system: You are a helpful assistant.
user:
Analyze the provided spectrum to determine if it is a **S-type Star**.

- **Key Indicators for S-type Star:**

    - **(Overall Spectrum Shape):** The first and most obvious characteristic is the overall continuum (the "baseline" shape). It is **extremely "red-sloping,"** meaning the flux (light intensity) is very low on the left side (blue, ~4000-4500 Å) and rises steeply and continuously toward the right side (red, ~7000 Å+).

    - **(Primary):** The spectrum is defined by the presence of strong, broad molecular absorption "valleys" (bands) from **Zirconium Oxide (ZrO)**. The identification of these bands is the **primary requirement** for classifying a star as S-type.
        - **(Key Bandheads):** You must find distinct, deep "dips" where the light has been absorbed. The most critical band systems to locate are:
            - **~6474 Å** ($\gamma$-system): This is often the strongest and clearest ZrO feature, found in the red part of the spectrum.
            - **~5718 Å** & **~5551 Å** ($\beta$-system): A pair of prominent absorption features in the yellow-orange part of the spectrum.
            - **~4640 Å** ($\alpha$-system): A key absorption band system in the blue-green region of the spectrum.

    - **(Secondary Confirmation):** The classification is strengthened by finding additional absorption bands from other related heavy element oxides, which are expected to be present alongside ZrO.
        - **(Key Bandheads):**
            - **Yttrium Oxide (YO):** Look for absorption dips near **~4800 Å** and **~6100 Å**.
            - **Lanthanum Oxide (LaO):** Additional absorption features, particularly in the red-orange part of the spectrum, are also characteristic.

    - **(Line Profile):** The combination of the steep red continuum and these numerous, deep molecular bands (ZrO, YO, etc.) gives the entire spectrum a very **"chopped-up"** or **"bumpy"** appearance. Instead of a smooth curve, the spectrum looks as though large, wide chunks of light have been "carved out" of it at the specific wavelengths listed above.

Think first, call **spectral_visualization_tool** if needed to examine features in detail, then provide your final answer. Your response must adhere to the following strict rules:
1.  **Overall Structure:** Your response must follow the format `<think>...</think> <tool_call>...</tool_call> (if a tool is used) <answer>...</answer>`.
2.  **Tool Usage Constraint:** You may only make **one** tool call per turn.
3.  **Final Answer Format:** In the `<answer>` tag, your conclusion must be inside a `\boxed{}` command (e.g., `\boxed{YES}` or `\boxed{NO}`), followed by your justification.

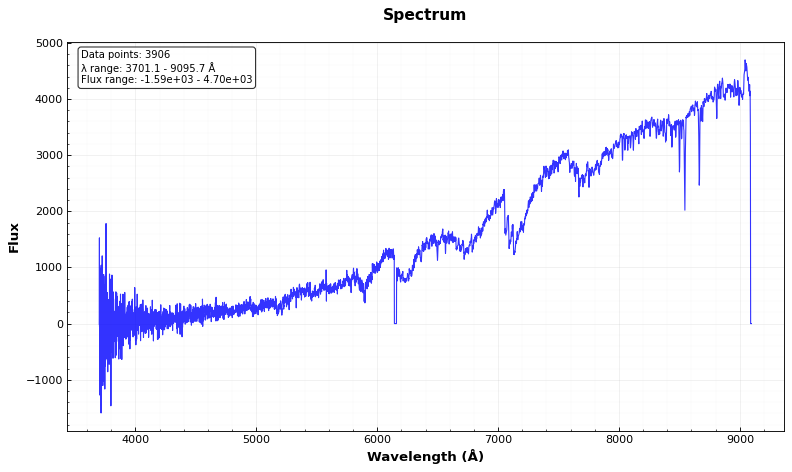
Answer: YES